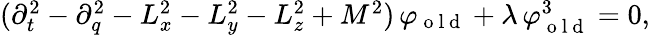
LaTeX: \begin{array}{r}{(\partial_{t}^{2}-\partial_{q}^{2}-L_{x}^{2}-L_{y}^{2}-L_{z}^{2}+M^{2})\, \varphi_{\mathrm{~o~l~d~}}+\lambda\, \varphi_{\mathrm{~o~l~d~}}^{3}=0,}\end{array}